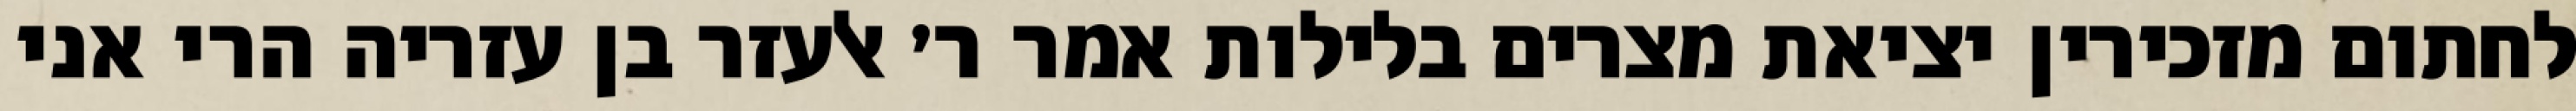
לחתום מזכירין יציאת מצרים בלילות אמר ר׳ אלעזר בן עזריה הרי אני